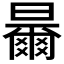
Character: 𣍓